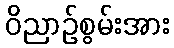
ဝိညာဉ်စွမ်းအား